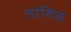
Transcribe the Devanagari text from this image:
लांगिक